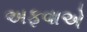
અફવાએ